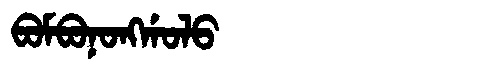
Manchu: ᠪᠣᠮᠪᠣᠨᠣᠩᡤᠣᠯᠣ
Romanization: BOMBONONGGOLO